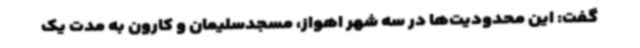
گفت: این محدودیت‌ها در سه شهر اهواز، مسجدسلیمان و کارون به مدت یک